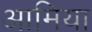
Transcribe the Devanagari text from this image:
आमिया